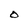
Character: O